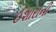
ઈશારાની